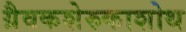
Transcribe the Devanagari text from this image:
ग्रैवकशेरुकाशोथ